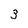
Character: 3